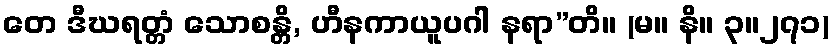
တေ ဒီဃရတ္တံ သောစန္တိ, ဟီနကာယူပဂါ နရာ”တိ။ (မ။ နိ။ ၃။၂၇၁)